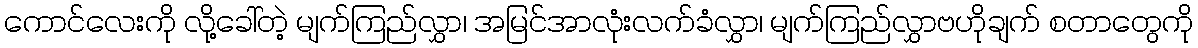
ကောင်လေးကို လို့ခေါ်တဲ့ မျက်ကြည်လွှာ၊ အမြင်အာလုံးလက်ခံလွှာ၊ မျက်ကြည်လွှာဗဟိုချက် စတာတွေကို